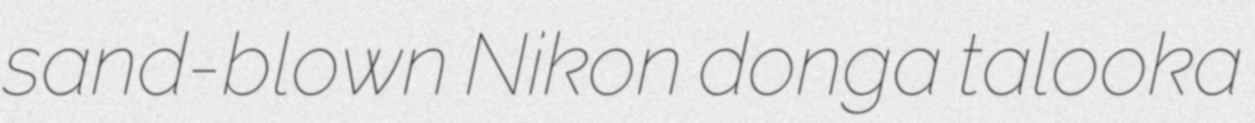
sand-blown Nikon donga talooka